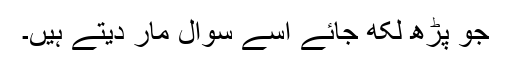
جو پڑھ لکھ جائے اسے سوال مار دیتے ہیں۔